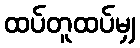
ထပ်တူထပ်မျှ